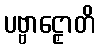
ပဗ္ဗာဠှောတိ